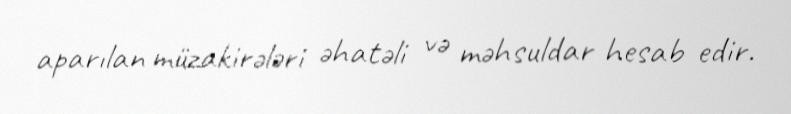
aparılan müzakirələri əhatəli və məhsuldar hesab edir.